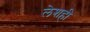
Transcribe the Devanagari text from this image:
लेशही